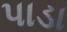
પાડા